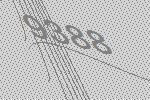
9388